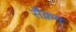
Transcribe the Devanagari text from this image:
सैक्रम